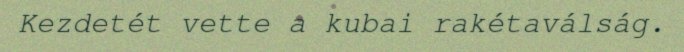
Kezdetét vette a kubai rakétaválság.